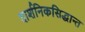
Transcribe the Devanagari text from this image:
दार्शनिकसिद्धान्त